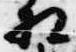
相